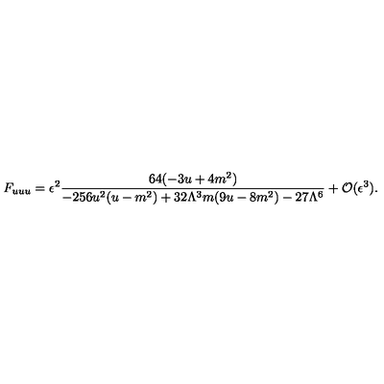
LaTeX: F _ { u u u } = { { \epsilon ^ { 2 } } } \frac { 6 4 ( - 3 u + 4 m ^ { 2 } ) } { - 2 5 6 u ^ { 2 } ( u - m ^ { 2 } ) + 3 2 \Lambda ^ { 3 } m ( 9 u - 8 m ^ { 2 } ) - 2 7 \Lambda ^ { 6 } } + { \cal O } ( \epsilon ^ { 3 } ) .